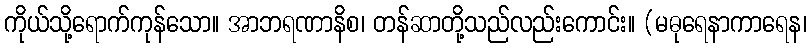
ကိုယ်သို့ရောက်ကုန်သော။ အာဘရဏာနိစ၊ တန်ဆာတို့သည်လည်းကောင်း။ (မဓုရေနာကာရေန၊